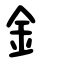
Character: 釒